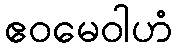
ဧဝမေဝါဟံ